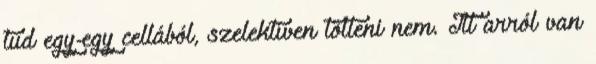
tud egy-egy cellából, szelektíven tölteni nem. Itt arról van